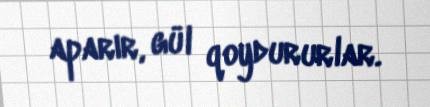
aparır, gül qoydururlar.